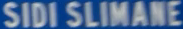
SIDI SLIMANE